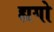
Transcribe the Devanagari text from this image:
ह्यगो